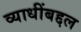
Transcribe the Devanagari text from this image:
व्याधींबद्दल